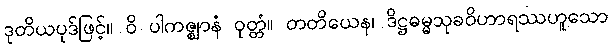
ဒုတိယပုဒ်ဖြင့်။ ဝိ ပါကဇ္ဈာနံ ဝုတ္တံ။ တတိယေန၊ ဒိဋ္ဌဓမ္မသုခဝိဟာရဿဟူသော